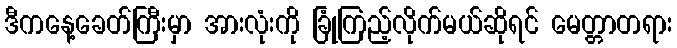
ဒီကနေ့ခေတ်ကြီးမှာ အားလုံးကို ခြုံကြည့်လိုက်မယ်ဆိုရင် မေတ္တာတရား